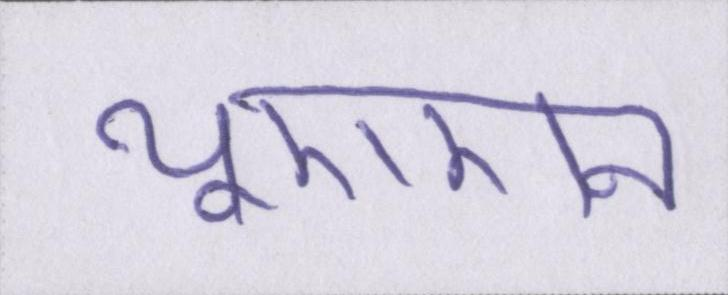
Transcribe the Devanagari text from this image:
यूएएन